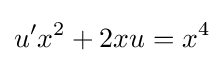
u'x^{2}+2xu=x^{4}